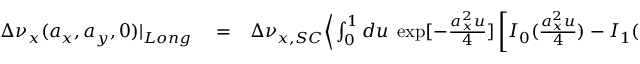
\begin{array} { r l r } { \Delta \nu _ { x } ( a _ { x } , a _ { y } , 0 ) | _ { L o n g } } & { { } = } & { \Delta \nu _ { x , S C } { \Big \langle } \int _ { 0 } ^ { 1 } d u \; \exp [ - \frac { a _ { x } ^ { 2 } u } { 4 } ] \left[ I _ { 0 } ( \frac { a _ { x } ^ { 2 } u } { 4 } ) - I _ { 1 } ( \frac { a _ { x } ^ { 2 } u } { 4 } ) \right] } \\ { \mathrm { ~ } } \end{array}